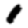
Digit: 1